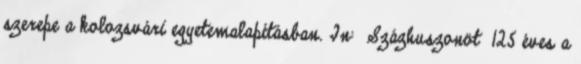
szerepe a kolozsvári egyetemalapításban. In: Százhuszonöt 125 éves a